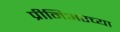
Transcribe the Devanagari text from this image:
प्रीमिअरच्या